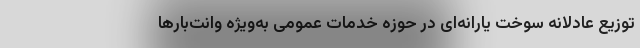
توزیع عادلانه سوخت یارانه‌ای در حوزه خدمات عمومی به‌ویژه وانت‌بارها